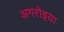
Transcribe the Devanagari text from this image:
अगरोइया